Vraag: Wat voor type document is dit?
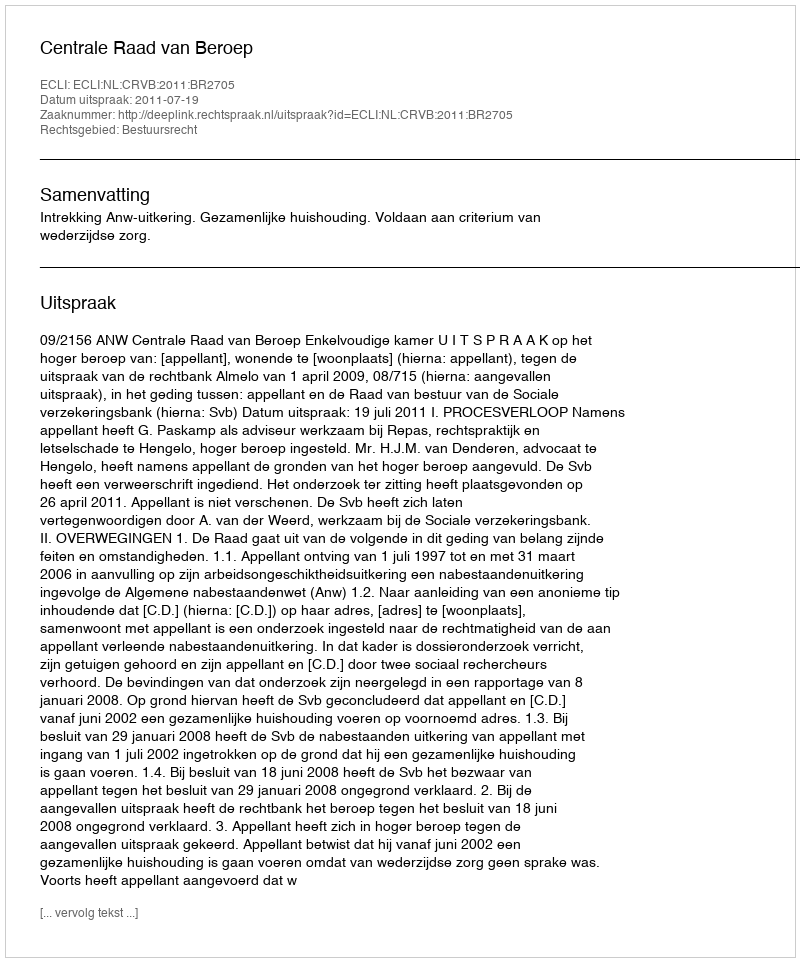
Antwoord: Uitspraak